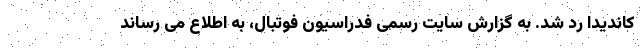
کاندیدا رد شد. به گزارش سایت رسمی فدراسیون فوتبال، به اطلاع می رساند